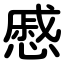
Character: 慼